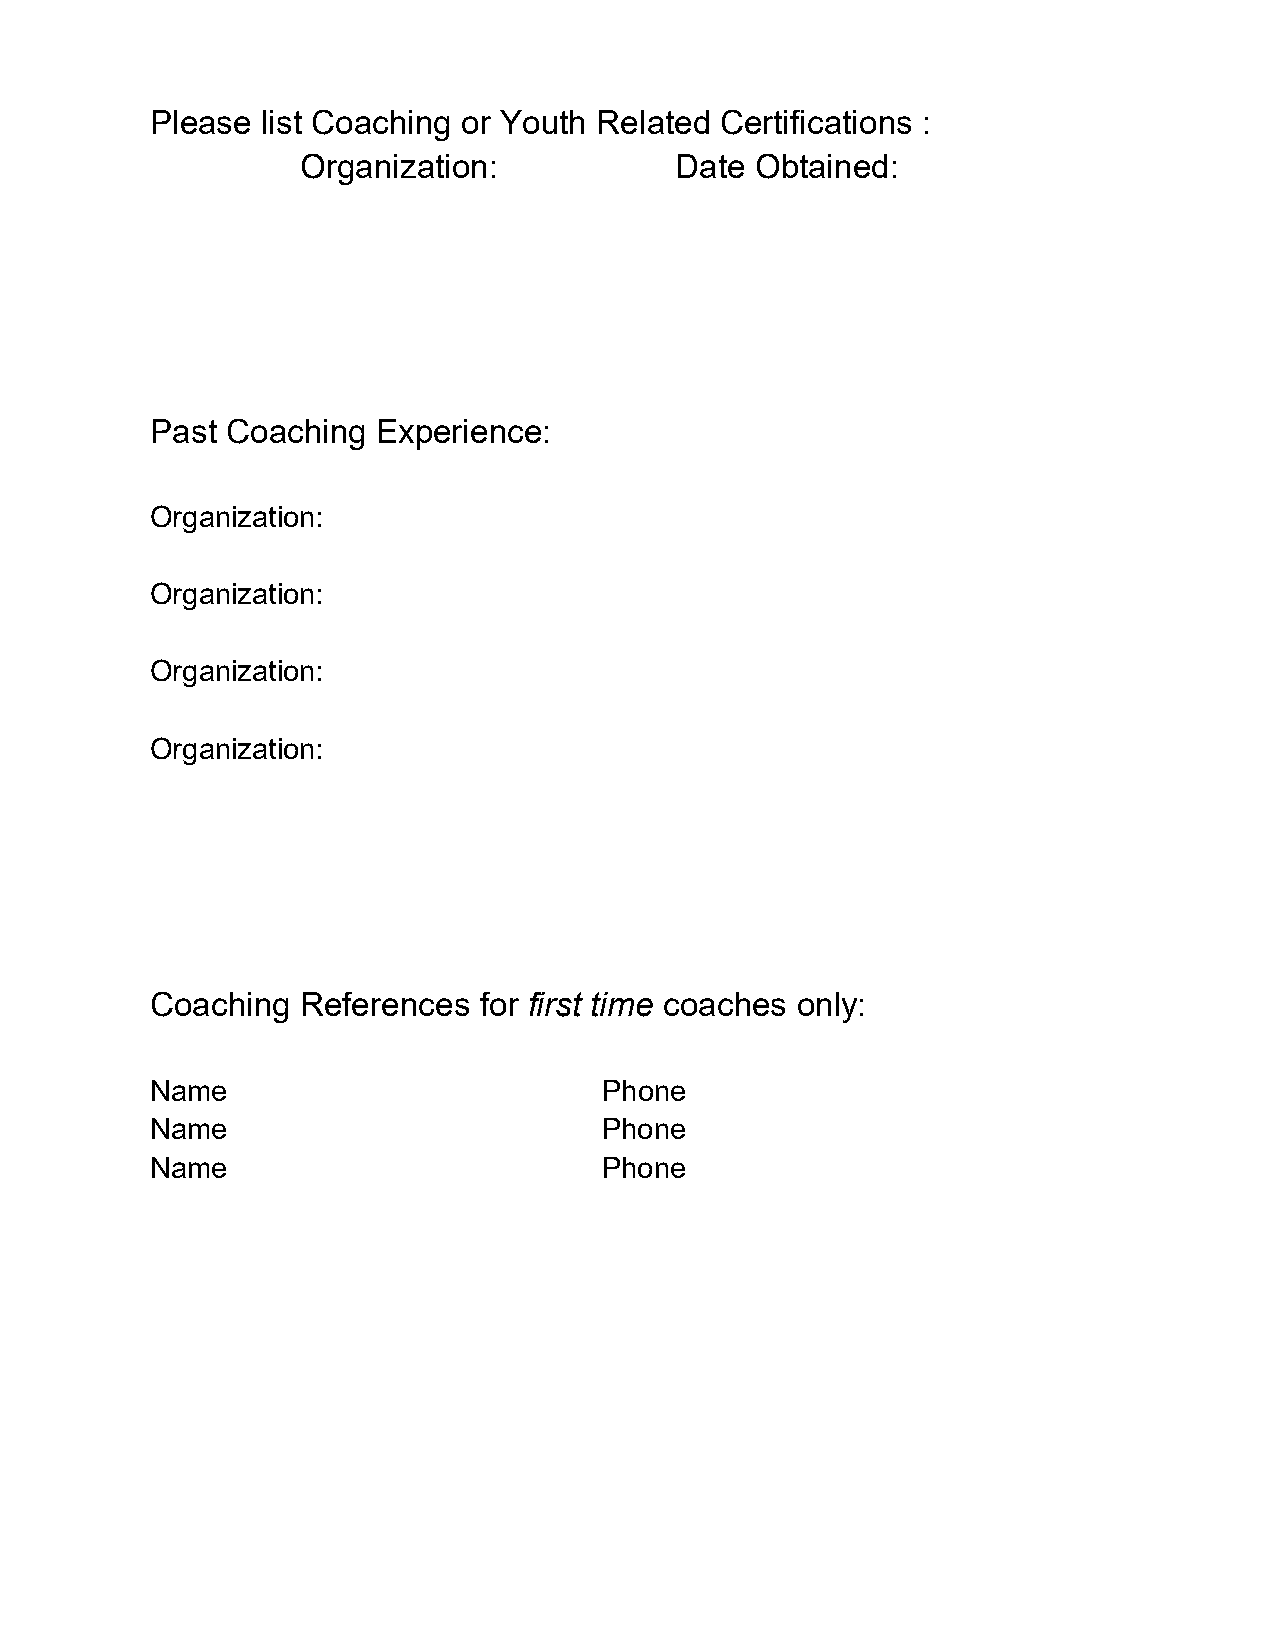
Please list Coaching or Youth Related Certifications :
 Organization:            Date Obtained:
 Past Coaching  Experience:
 Organization:
 Organization:
 Organization:
 Organization:
 Coaching  References  for first time coaches only:
 Name                          Phone
 Name                          Phone
 Name                          Phone